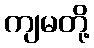
ကျမတို့